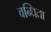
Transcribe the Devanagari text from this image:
वन्धिता